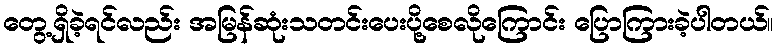
တွေ့ရှိခဲ့ရင်လည်း အမြန်ဆုံးသတင်းပေးပို့စေလိုကြောင်း ပြောကြားခဲ့ပါတယ်။